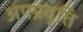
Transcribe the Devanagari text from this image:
अपप्रवृत्ति